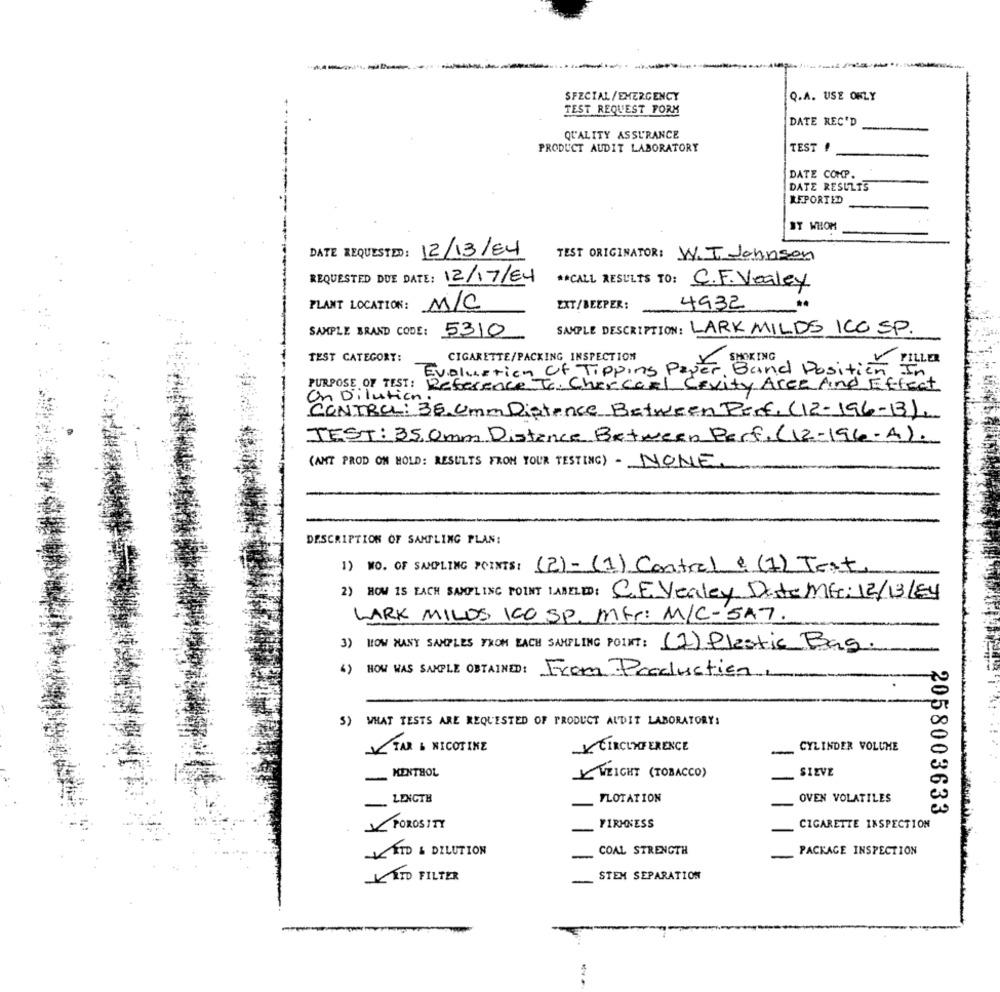
----------
SPECIAL /EMERGENCY
Q.A. USE ONLY
TEST REQUEST FORK
DATE REC'D
QUALITY ASSURANCE
PRODUCT AUDIT LABORATORY
TEST !
DATE COMP.
DATE RESULTS
REPORTED
BY WHOM
DATE REQUESTED: 12/13/84
TEST ORIGINATOR: W.I Johnson
REQUESTED DUE DATE: 12/17/84
** CALL RESULTS TO: C.F. Vealey
PLANT LOCATION : n/C
EXT/BEEPER:
4932
SAMPLE DESCRIPTION: LARK MILDS ICO SP.
SAMPLE BRAND CODE: 5310
TEST CATEGORY:
CIGARETTE/PACKING INSPECTION
Evaluation of Tipping Parker STRING
Band Position PILLER
PURPOSE OF TEST : Reference To. Chercarl Cevity Aree And Effect
On Dilution
CONTROL: 36 Umm Distance Between Perf. (12-196-13).
TEST: 35.0mm Distance Between Perf. (12-196-A).
(ANT PROD ON HOLD: RESULTS FROM YOUR TESTING) - NONE
DESCRIPTION OF SAMPLING PLAN:
1) NO. OF SAMPLING POINTS: (2)- (1) Contrel & (1) Text
2) HOW IS EACH SAMPLING POINT LABELED: CE Vealey Date ME: 12/13/84
LARK MILOS ICO SP. MFr: M/C-5A7.
HOW MANY SAMPLES FROM EACH SAMPLING POINT: (1) Plastic Bag.
HOW WAS SAMPLE OBTAINED: From Production
WHAT TESTS ARE REQUESTED OF PRODUCT AUDIT LABORATORY:
CYLINDER VOLUME
__ TAR & NICOTINE
CIRCUMFERENCE
MENTHOL
WEIGHT (TOBACCO)
SIEVE
LENGTH
FLOTATION
OVEN VOLATILES
2058003633
POROSITY
FIRMNESS
CIGARETTE INSPECTION
ITD & DILUTION
COAL STRENGTH
PACKAGE INSPECTION
TO FILTER
STEM SEPARATION